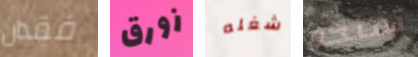
فقدان زورق شغله تمنحه